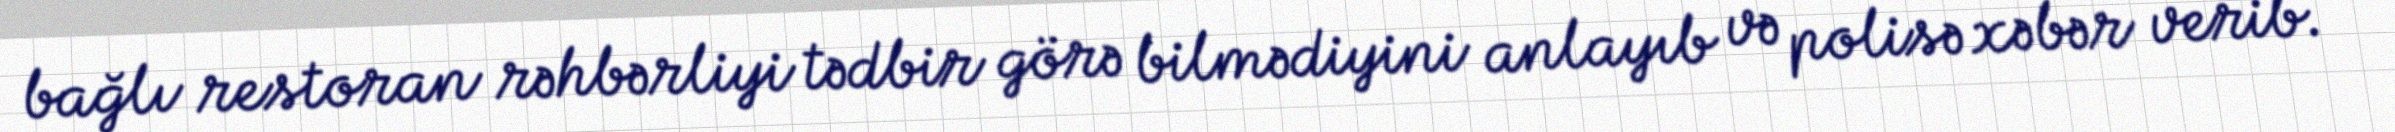
bağlı restoran rəhbərliyi tədbir görə bilmədiyini anlayıb və polisə xəbər verib.